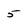
Character: 5